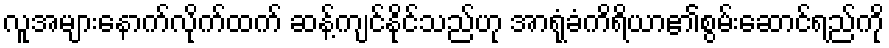
လူအများနောက်လိုက်ထက် ဆန့်ကျင်နိုင်သည်ဟု အာရုံခံကိရိယာ၏စွမ်းဆောင်ရည်ကို